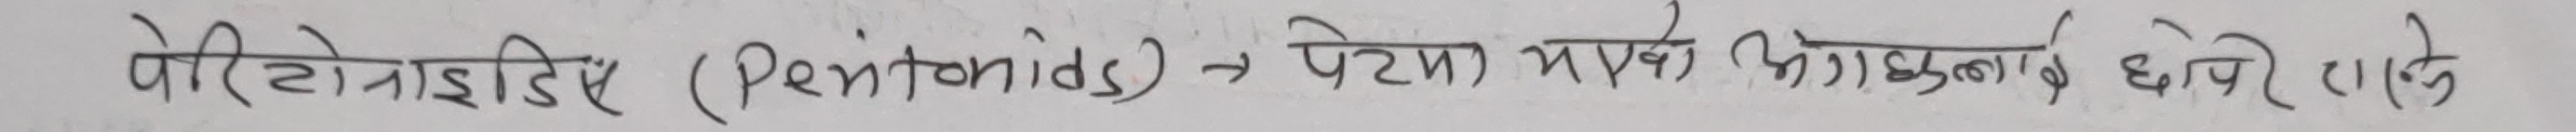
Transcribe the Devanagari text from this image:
पेरिटोनाइडिस (peritonitis) → पेटमा भएको आगलार्इ छेक्ने एक